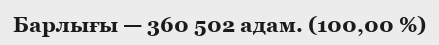
Барлығы — 360 502 адам. (100,00 %)